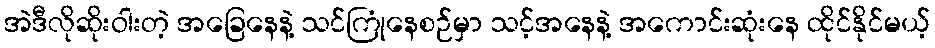
အဲဒီလိုဆိုးဝါးတဲ့ အခြေနေနဲ့ သင်ကြုံနေစဉ်မှာ သင့်အနေနဲ့ အကောင်းဆုံးနေ ထိုင်နိုင်မယ့်